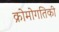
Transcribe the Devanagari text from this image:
क्रोमोगतिकी